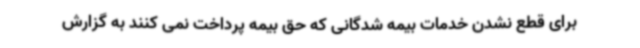
برای قطع نشدن خدمات بیمه شدگانی که حق بیمه پرداخت نمی کنند به گزارش